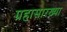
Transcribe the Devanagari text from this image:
ग्रहासारख्या